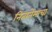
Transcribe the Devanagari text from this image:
नित्यनेमाचा